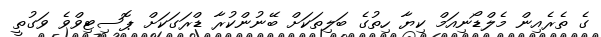
ގެ ތެރެއިން މެލްޑޯނިއަމް ކިޔާ ހިތުގެ ބަލިތަކަށް ބޭނުންކުރާ ޑްރަގަކަށް ޕޮސިޓިވްވެ ވަގުތީ